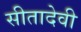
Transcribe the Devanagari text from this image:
सीतादेवी